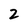
Character: 2